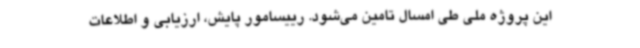
این پروژه ملی طی امسال تامین‌ می‌شود. رییسامور پایش، ارزیابی و اطلاعات